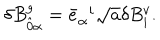
\delta B _ { \hat { 0 } \alpha } ^ { g } = { \bar { e } } _ { \alpha } ^ { \; \; i } \sqrt { a } \delta B _ { i } ^ { v } .